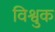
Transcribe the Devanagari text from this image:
विश्वुक